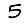
Digit: 5